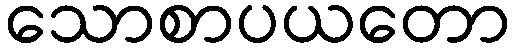
သောစာပယတော